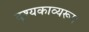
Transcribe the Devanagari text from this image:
दृश्यकाव्यरूप